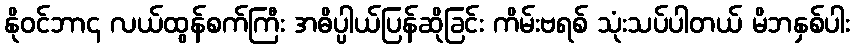
နိုဝင်ဘာ၄ လယ်ထွန်စက်ကြီး အဓိပ္ပါယ်ပြန်ဆိုခြင်း ကိမ်းဗရစ် သုံးသပ်ပါတယ် မိဘနှစ်ပါး